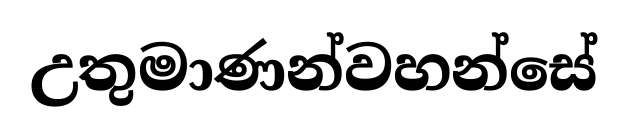
උතුමාණන්වහන්සේ